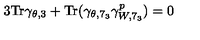
3 \mathrm { T r } \gamma _ { \theta , 3 } + \mathrm { T r } ( \gamma _ { \theta , 7 _ { 3 } } \gamma _ { W , 7 _ { 3 } } ^ { p } ) = 0